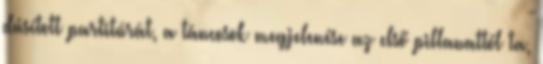
dúsított partitúrát, a táncosok megjelenése az első pillanattól ta,